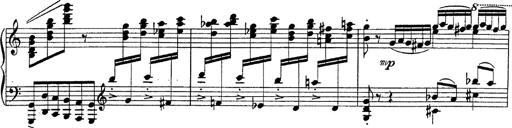
Title: Fantasie Ã¼ber Themen aus Mozarts Figaro und Don Giovanni
Composer: Franz Liszt